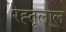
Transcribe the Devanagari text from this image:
रेह्तूलाल